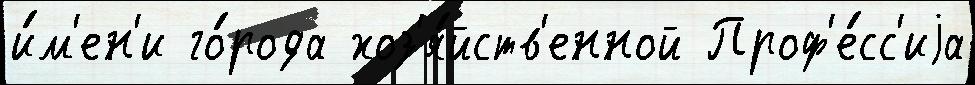
и́м'ен'и го́рода хоз'я́йств'енной Проф'е́сс'иjа